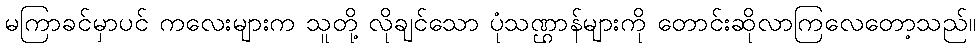
မကြာခင်မှာပင် ကလေးများက သူတို့ လိုချင်သော ပုံသဏ္ဌာန်များကို တောင်းဆိုလာကြလေတော့သည်။